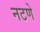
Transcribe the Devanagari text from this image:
नटणे